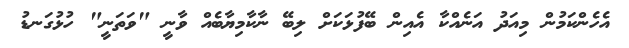
އެހެންކަމުން މިއަދު އަނެއްކާ އެއިން ބޭފުޅަކަށް ލިބޭ ނާކާމިޔާބެއް ވާނީ "ވަތަނީ" ހުޅުގަނޑު